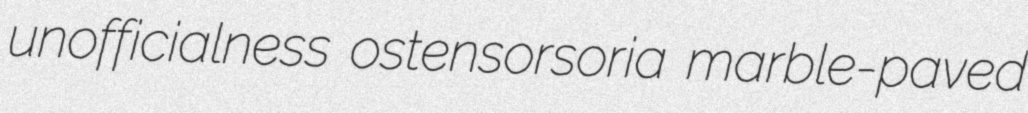
unofficialness ostensorsoria marble-paved